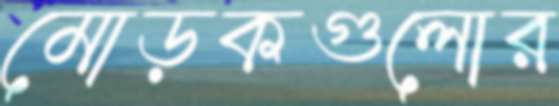
মোড়কগুলোর